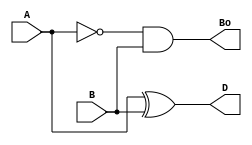
module halfSubtractor (D, Bo, A, B);

    input A,B;
    output D, Bo;
    wire x;

xor X1(D, A, B); //Difference
not N1(x, A); //Not of A
and A1(Bo, x, B);
    
endmodule